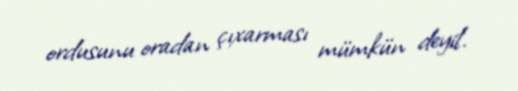
ordusunu oradan çıxarması mümkün deyil.